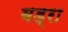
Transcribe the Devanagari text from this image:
बड्रा